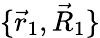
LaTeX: \{ \vec{r}_{1},\vec{R}_{1}\}